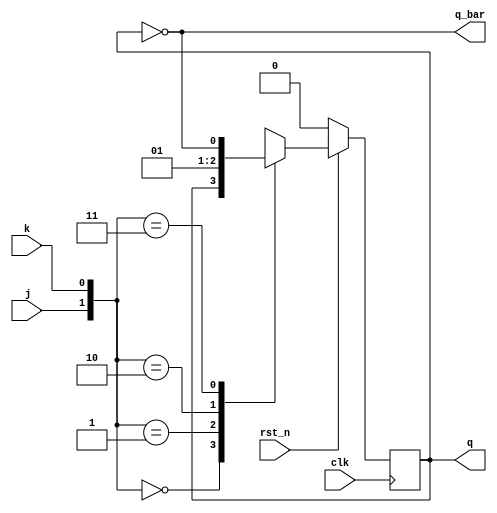
module jk (
  input clk, rst_n,
  input j,k,
  output reg q,
  output  reg q_bar
  );
  
  
  always@(posedge clk) begin 
    if(!rst_n) q <= 0;
    else begin
      case({j,k})
        2'b00: q <= q;    
        2'b01: q <= 1'b0; 
        2'b10: q <= 1'b1; 
        2'b11: q <= ~q;   
      endcase
    end
  end
  assign q_bar = ~q;
endmodule